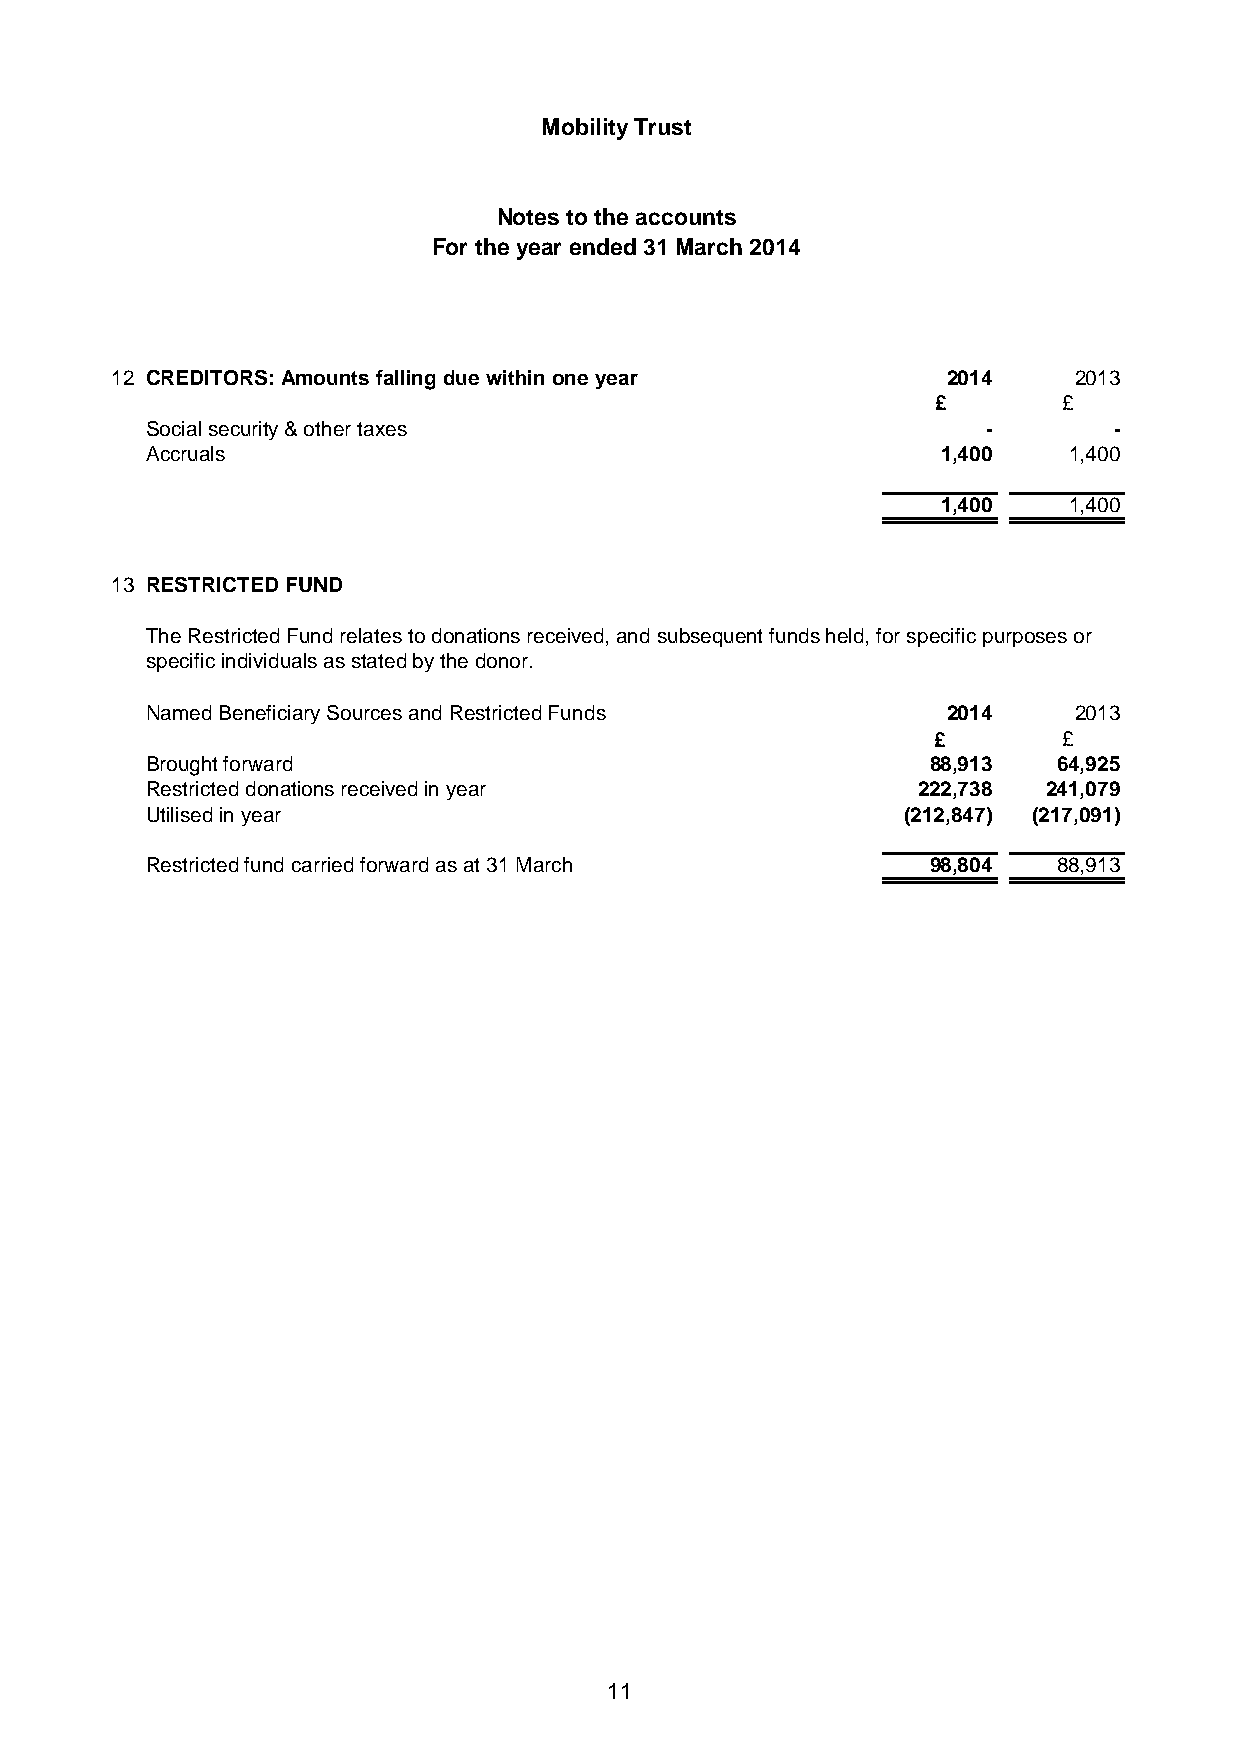
Mobility Trust
 Notes to the accounts
 For the year ended 31 March 2014
 12 CREDITORS: Amounts falling due within one year       2014    2013
 £       £
 Social security & other taxes                          -        -
 Accruals                                            1,400    1,400
 1,400    1,400
 13 RESTRICTED FUND
 The Restricted Fund relates to donations received, and subsequent funds held, for specific purposes or
 specific individuals as stated by the donor.
 Named Beneficiary Sources and Restricted Funds       2014    2013
 £       £
 Brought forward                                     88,913  64,925
 Restricted donations received in year              222,738 241,079
 Utilised in year                                  (212,847) (217,091)
 Restricted fund carried forward as at 31 March      98,804  88,913
 11